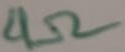
Text: 4Ω